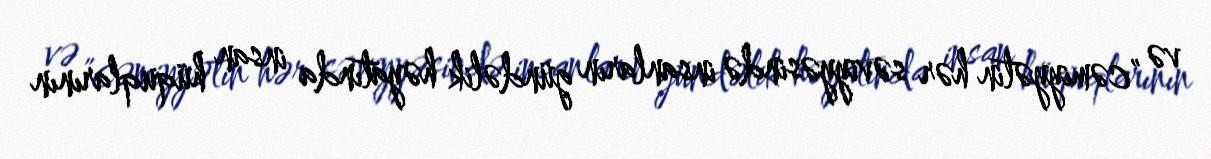
və "cəmiyyətin hər səviyyəsində insanların gündəlik həyatında insan hüquqlarının